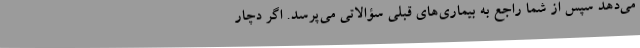
می‌دهد سپس از شما راجع به بیماری‌های قبلی سؤالاتی می‌پرسد. اگر دچار